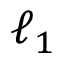
\ell _ { 1 }